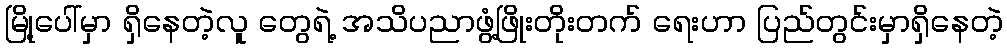
မြို့ပေါ်မှာ ရှိနေတဲ့လူ တွေရဲ့ အသိပညာဖွံ့ဖြိုးတိုးတက် ရေးဟာ ပြည်တွင်းမှာရှိနေတဲ့